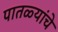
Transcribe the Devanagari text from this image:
पातळ्यांचे